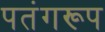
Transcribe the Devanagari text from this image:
पतंगरूप